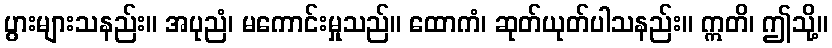
ပွားများသနည်း။ အပုညံ၊ မကောင်းမှုသည်။ ထောကံ၊ ဆုတ်ယုတ်ပါသနည်း။ ဣတိ၊ ဤသို့။